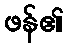
ဖန်၏